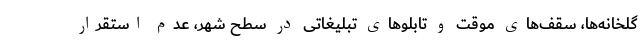
گلخانه‌ها، سقف‌های موقت و تابلوهای تبلیغاتی در سطح شهر، عدم استقرار